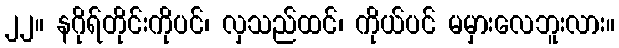
၂၂။ နဂိုရ်တိုင်းကိုပင်၊ လှသည်ထင်၊ ကိုယ်ပင် မမှားလေဘူးလား။